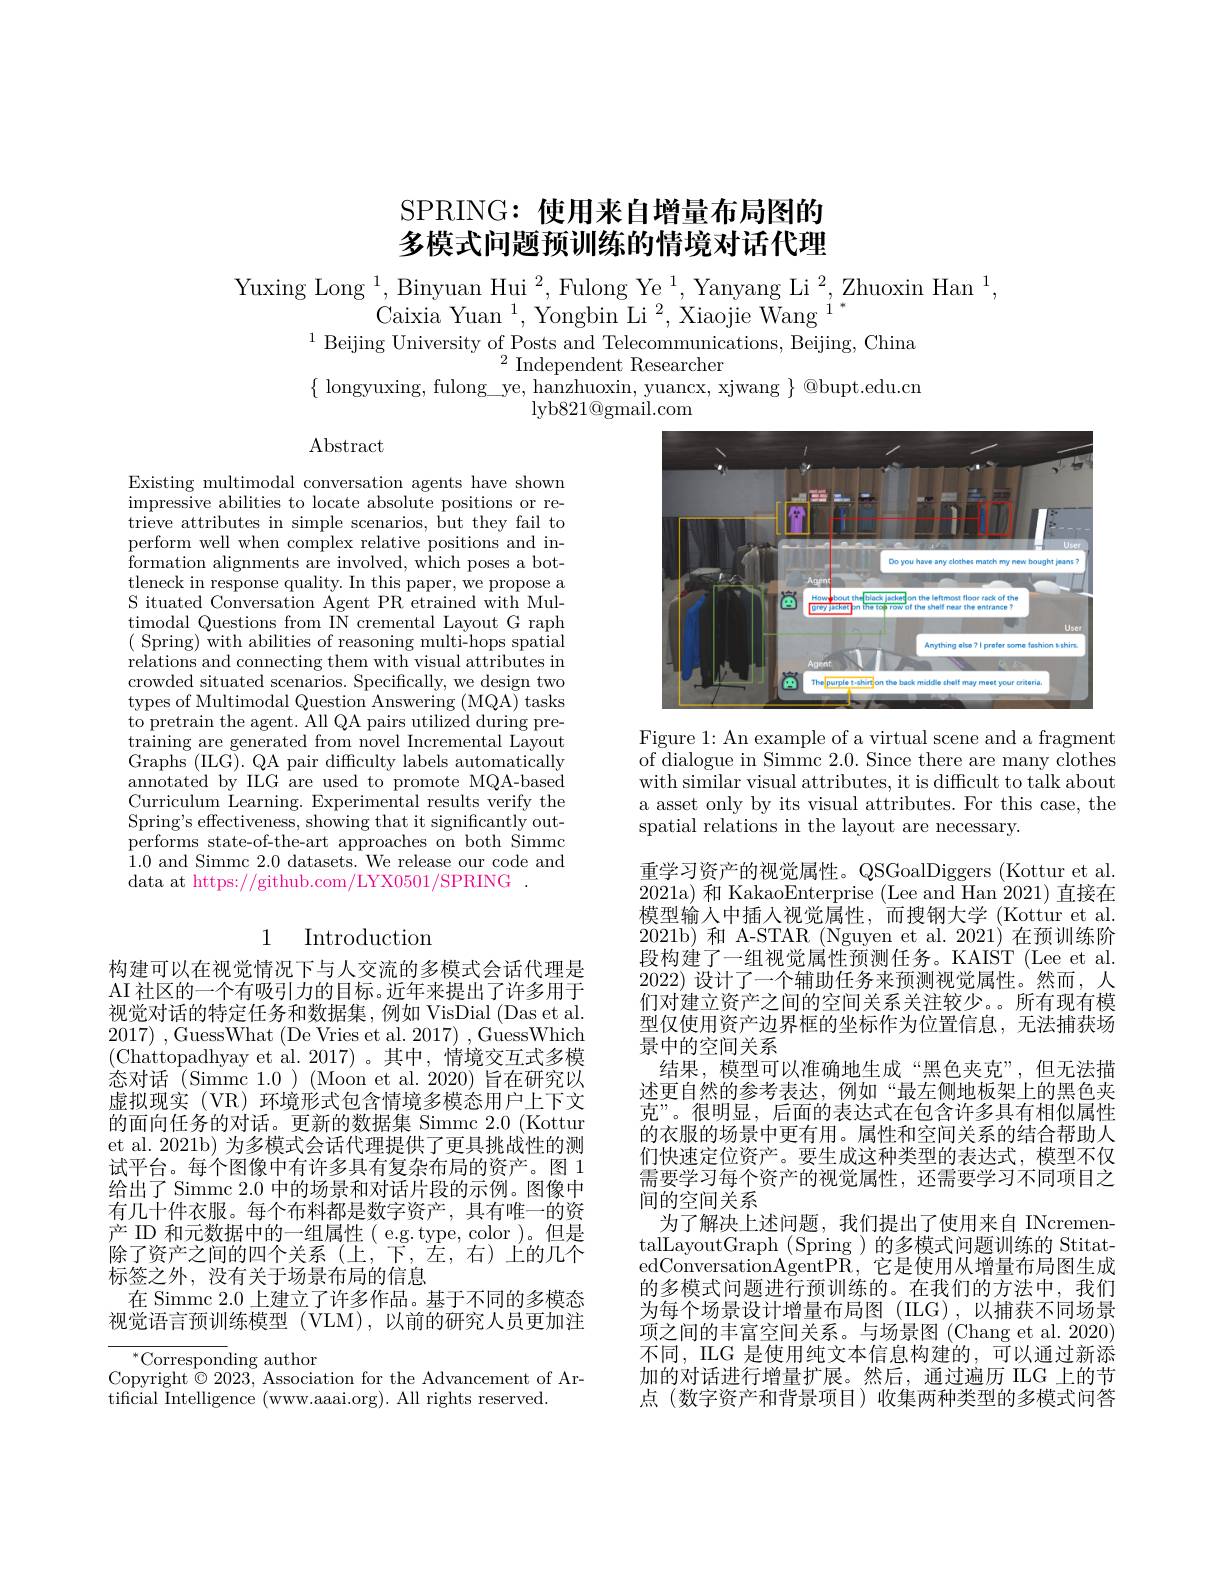
SPRING: 使用来自增量布局图的多模式问题预训练的情境对话代理

Yuxing Long $^1$, Binyuan Hui $^2,\text{Fulong Ye}^1$, Yanyang Li$^2$,Zhuoxin Han$^1$,
$\mathrm{Caixia~Yuan~}^{1},\mathrm{~Yongbin~Li~}^{2},\mathrm{~Xiaojie~Wang~}^{1}$
$^{1}$Beijing University of Posts and Telecommunications, Beijing, China
$^{2}{\mathrm{~Independent~Researcher}}$
$\{\begin{array}{c}\text{longyuxing, fulong\_ye, hanzhuoxin, yuancx, xjwang}\\\text{abupt.edu.cn}\\\end{array}$
${\mathrm{lyb821@gmail.com}}$

Abstract

Existing multimodal conversation agents have shown impressive abilities to locate absolute positions or retrieve attributes in simple scenarios, but they fail to perform well when complex relative positions and information alignments are involved, which poses a bottleneck in response quality. In this paper, we propose a S ituated Conversation Agent PR etrained with Multimodal Questions from IN cremental Layout G raph ( Spring) with abilities of reasoning multi-hops spatial relations and connecting them with visual attributes in crowded situated scenarios. Specifically, we design two types of Multimodal Question Answering (MQA) tasks to pretrain the agent. All QA pairs utilized during pretraining are generated from novel Incremental Layout Graphs (ILG). QA pair difficulty labels automatically annotated by ILG are used to promote MQA-based Curriculum Learning. Experimental results verify the Spring's effectiveness, showing that it significantly outperforms state-of-the-art approaches on both Simmc 1.0 and Simmc 2.0 datasets. We release our code and data at https://github.com/LYX0501/SPRING.

## 1 Introduction

构建可以在视觉情况下与人交流的多模式会话代理是AI 社区的一个有吸引力的目标。近年来提出了许多用于视觉对话的特定任务和数据集，例如 VisDial (Das et al. $2017)~,~$GuessWhat (De Vries et al. 2017) , GuessWhich (Chattopadhyay et al.2017)。其中，情境交互式多模态对话 (Simmc 1.0) (Moon et al. 2020) 旨在研究以虚拟现实 (VR) 环境形式包含情境多模态用户上下文的面向任务的对话。更新的数据集 Simmc 2.0 (Kottur et al. 2021b) 为多模式会话代理提供了更具挑战性的测试平台。每个图像中有许多具有复杂布局的资产。图 1给出了 Simmc 2.0 中的场景和对话片段的示例。图像中有几十件衣服。每个布料都是数字资产，具有唯一的资产 ID 和元数据中的一组属性( e.g.type, color)。但是除了资产之间的四个关系(上，下，左，右)上的几个标签之外，没有关于场景布局的信息
在 Simmc 2.0 上建立了许多作品。基于不同的多模态视觉语言预训练模型(VLM),以前的研究人员更加注

$^{*}$Corresponding author
Copyright $\odot2023$, Association for the Advancement of Ar-
tificial Intelligence (www.aaai.org). All rights reserved.

<FigureHere>

Figure 1: An example of a virtual scene and a fragment of dialogue in Simmc 2.0. Since there are many clothes with similar visual attributes, it is difficult to talk about a asset only by its visual attributes. For this case, the spatial relations in the layout are necessary.

重学习资产的视觉属性。QSGoalDiggers (Kottur et al. 2021a) 和 KakaoEnterprise (Lee and Han 2021) 直接在模型输入中插人视觉属性，而搜钢大学(Kottur et al. 2021b)和 A-STAR (Nguyen et al. 2021)在预训练阶段构建了一组视觉属性预测任务。KAIST (Lee et al. 2022)设计了一个辅助任务来预测视觉属性。然而，人们对建立资产之间的空间关系关注较少。所有现有模型仅使用资产边界框的坐标作为位置信息，无法捕获场景中的空间关系
结果，模型可以准确地生成“黑色夹克”,但无法描述更自然的参考表达，例如“最左侧地板架上的黑色夹克”。很明显，后面的表达式在包含许多具有相似属性的衣服的场景中更有用。属性和空间关系的结合帮助人们快速定位资产。要生成这种类型的表达式，模型不仅需要学习每个资产的视觉属性，还需要学习不同项目之间的空间关系
为了解决上述问题，我们提出了使用来自 INcrementalLayoutGraph (Spring ) 的多模式问题训练的 StitatedConversationAgentPR,它是使用从增量布局图生成的多模式问题进行预训练的。在我们的方法中，我们为每个场景设计增量布局图(ILG),以捕获不同场景项之间的丰富空间关系。与场景图 (Chang et al. 2020) 不同，ILG 是使用纯文本信息构建的，可以通过新添加的对话进行增量扩展。然后，通过遍历 ILG 上的节点 (数字资产和背景项目)收集两种类型的多模式问答